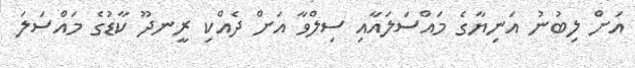
އަށް ލިބުނު އަނިޔާގެ މައްސަލައާއި ސިލްވާ އަށް ދެއްކި ރީނދޫ ކާޑުގެ މައްސަލަ